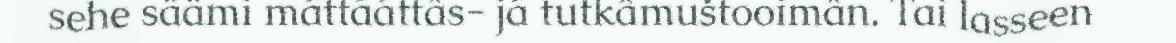
sehe säämi máttááttâs- já tutkâmuštooimân. Tai lasseen